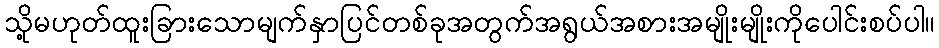
သို့မဟုတ်ထူးခြားသောမျက်နှာပြင်တစ်ခုအတွက်အရွယ်အစားအမျိုးမျိုးကိုပေါင်းစပ်ပါ။